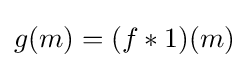
g(m)=(f\ast 1)(m)